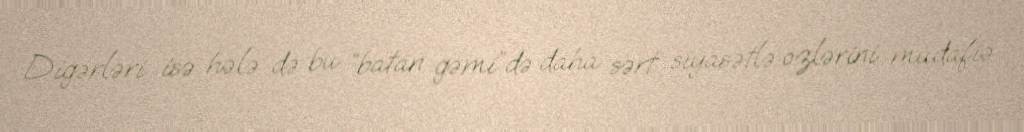
Digərləri isə hələ də bu “batan gəmi”də daha sərt siyasətlə özlərini müdafiə